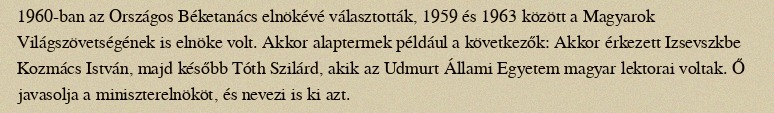
1960-ban az Országos Béketanács elnökévé választották, 1959 és 1963 között a Magyarok Világszövetségének is elnöke volt. Akkor alaptermek például a következők: Akkor érkezett Izsevszkbe Kozmács István, majd később Tóth Szilárd, akik az Udmurt Állami Egyetem magyar lektorai voltak. Ő javasolja a miniszterelnököt, és nevezi is ki azt.